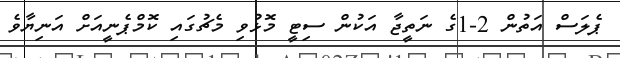
ޕެލަސް އަތުން 2-1ގެ ނަތީޖާ އަކުން ސިޓީ މޮޅުވި މެޗުގައި ކޮމްޕެނީއަށް އަނިޔާވެ